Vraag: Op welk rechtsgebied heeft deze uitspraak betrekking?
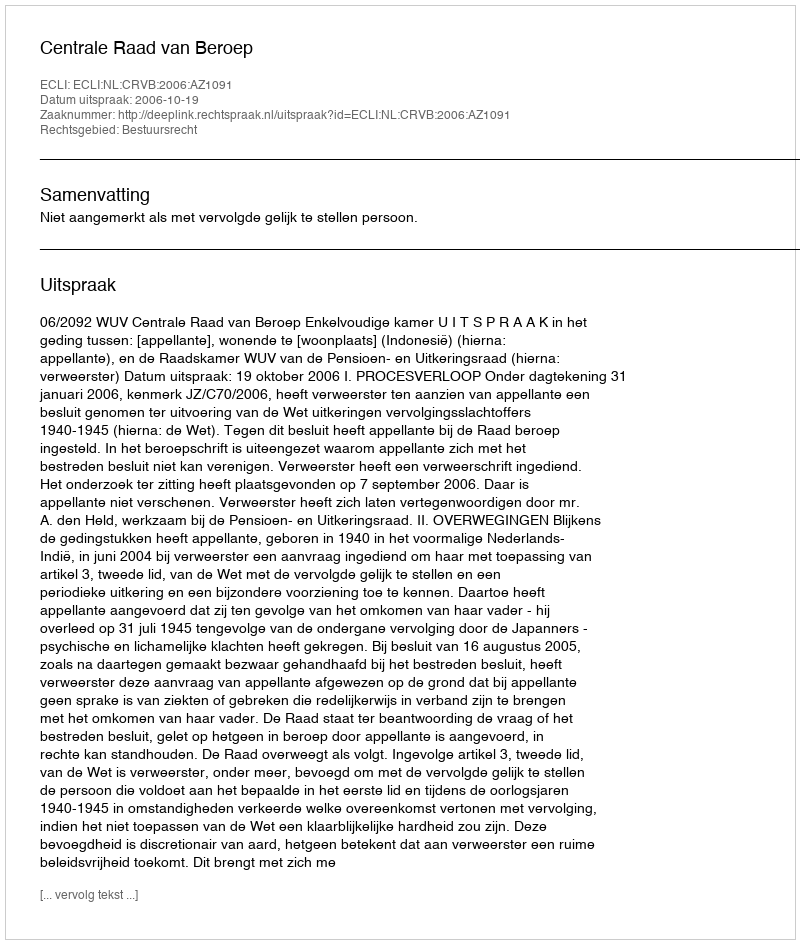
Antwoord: Bestuursrecht